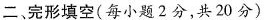
二、完形填空(每小题2分，共20分)